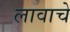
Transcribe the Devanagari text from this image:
लावाचे